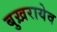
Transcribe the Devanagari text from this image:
बुख़रायेव